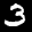
Label: 3